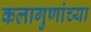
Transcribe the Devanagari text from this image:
कलागुणांच्या